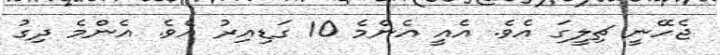
ޖެހޭނީ ޗިލީގަ އެވެ. އެއީ އެންމެ 10 ގަޑިއިރު އެވެ. އެންމެ ދިގު